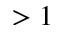
> 1